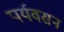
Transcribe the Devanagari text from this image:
पर्यवसन